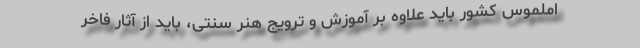
املموس کشور باید علاوه بر آموزش و ترویج هنر سنتی، باید از آثار فاخر